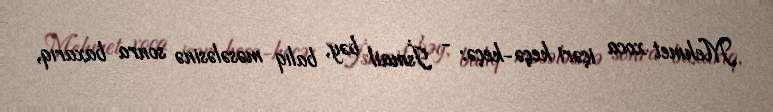
Mehmet xoca içəri keçə-keçə: - İsmail bəy, balıq məsələsinə sonra baxarıq,